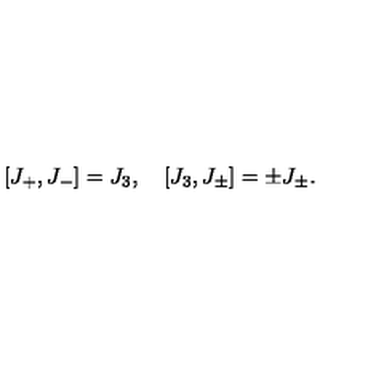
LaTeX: \left[ J _ { + } , J _ { - } \right] = J _ { 3 } , \quad \left[ J _ { 3 } , J _ { \pm } \right] = \pm J _ { \pm } .